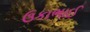
ઉકાભાઈ